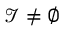
{ \mathcal { I } } \neq \emptyset